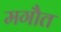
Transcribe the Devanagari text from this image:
मगौत